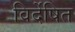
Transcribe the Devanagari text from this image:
विर्देषित